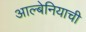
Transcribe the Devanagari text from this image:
आल्बेनियाची